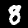
Label: 8